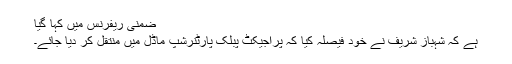
ضمنی ریفرنس میں کہا گیا
ہے کہ شہباز شریف نے خود فیصلہ کیا کہ پراجیکٹ پبلک پارٹنرشپ ماڈل میں منتقل کر دیا جائے۔